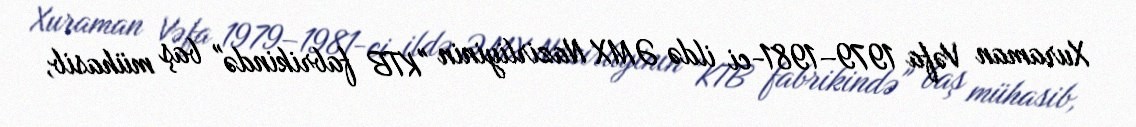
Xuraman Vəfa 1979–1981-ci ildə ƏMX Nazirliyinin "KTB fabrikində" baş mühasib,